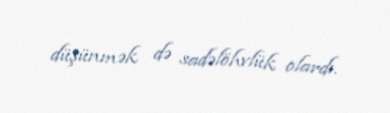
düşünmək də sadəlöhvlük olardı.